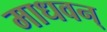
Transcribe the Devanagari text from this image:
माधवन्